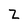
Character: Z